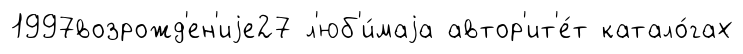
1997возрожд'ен'иjе27 л'юб'и́маjа автор'ит'е́т катало́гах